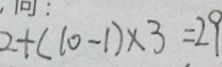
2 + ( 1 0 - 1 ) \times 3 = 2 9